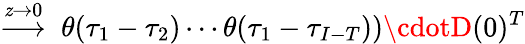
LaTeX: \stackrel{\mathit{z}\to0}{\longrightarrow}~\theta(\tau_{1}-\tau_{2})\cdots\theta(\tau_{1}-\tau_{I-T}))\cdotD(0)^{T}